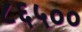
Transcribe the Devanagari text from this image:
८६५००